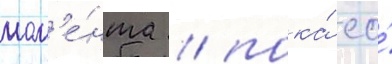
мом'е́нта / пока́ ео́